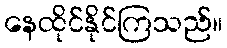
နေထိုင်နိုင်ကြသည်။